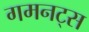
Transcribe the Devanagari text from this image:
गमनट्स